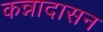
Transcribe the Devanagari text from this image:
कन्नादासन